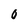
Character: 0